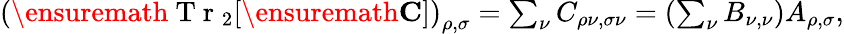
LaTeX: \begin{array}{r}{\left(\ensuremath{\mathrm{~T~r~}}_{2}[\ensuremath{\mathbf{C}}]\right)_{\rho,\sigma}=\sum_{\nu}C_{\rho\nu,\sigma\nu}=\left(\sum_{\nu}B_{\nu,\nu}\right)A_{\rho,\sigma},}\end{array}